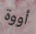
أووة